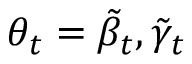
\theta _ { t } = \tilde { \beta } _ { t } , \tilde { \gamma } _ { t }